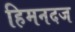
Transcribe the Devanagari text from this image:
हिमनदज